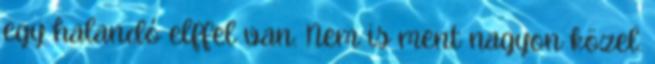
egy halandó elffel van. Nem is ment nagyon közel.